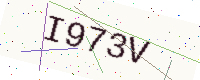
Text: I973V